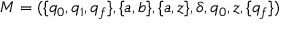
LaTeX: M = ( \{ q _ { 0 } , q _ { 1 } , q _ { f } \} , \{ a , b \} , \{ a , z \} , \delta , q _ { 0 } , z , \{ q _ { f } \} )